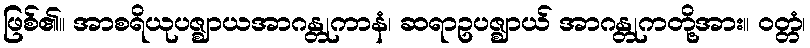
ဖြစ်၏။ အာစရိယုပဇ္ဈာယအာဂန္တုကာနံ၊ ဆရာဥပဇ္ဈာယ် အာဂန္တုကတို့အား။ ဝတ္တံ၊